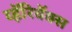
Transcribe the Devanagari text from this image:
व्हॅरिवॅक्स